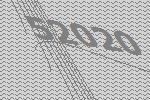
52020